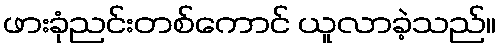
ဖားခုံညင်းတစ်ကောင် ယူလာခဲ့သည်။